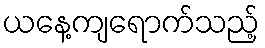
ယနေ့ကျရောက်သည့်